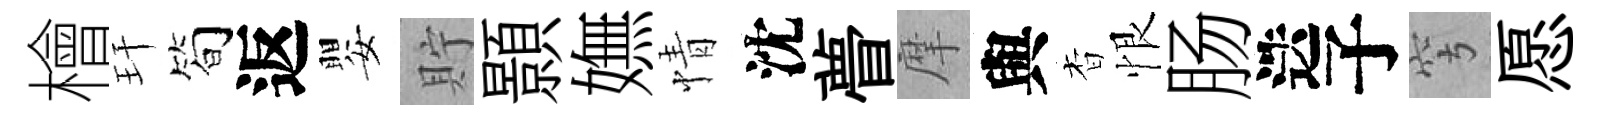
檜玕简返嬰貯顥嫵情沈瞢摩與杳恨肠迭子穹愿